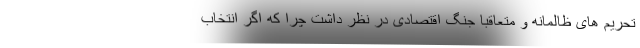
تحریم های ظالمانه و متعاقباً جنگ اقتصادی در نظر داشت چرا که اگر انتخاب